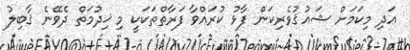
އަދި މިކަމަށް ޝައުޤުވެރިކަން ފާޅު ކުރައްވާ ފަރާތްތަކަކީ މި ޚިދުމަތް ދެވޭނެ ޤާބިލު